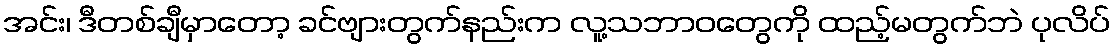
အင်း၊ ဒီတစ်ချီမှာတော့ ခင်ဗျားတွက်နည်းက လူ့သဘာဝတွေကို ထည့်မတွက်ဘဲ ပုလိပ်